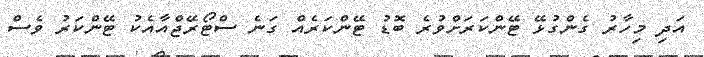
އަދި މިހާރު ގެންގުޅޭ ޓޭންކަރަށްވުރެ ބޮޑު ޓޭންކަރެއް ގަނެ ސްޓޯރޭޖްއާއެކު ޓޭންކަރު ވެސް